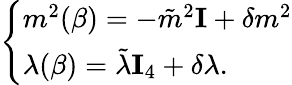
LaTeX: \left\{ \begin{array}{ll}{{m^{2}(\beta)=-\tilde{m}^{2}{\mathbf I}+\delta m^{2}}}\\ {{\lambda(\beta)=\tilde{\lambda}{\mathbf I_{4}}+\delta\lambda.}}\end{array}\right.